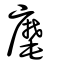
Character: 麾